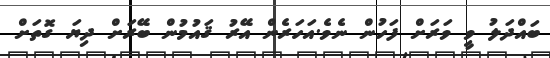
ބައްދަލު ވީ ވަރަށް ފަހުން ނެވެ.އަހަރެން އޭރު ޤައުމުން ބޭރަށް ދިޔަ ގޮތަށް